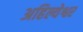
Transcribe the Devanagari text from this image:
अहिल्येश्वर